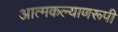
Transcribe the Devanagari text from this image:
आत्मकल्याणरूपी